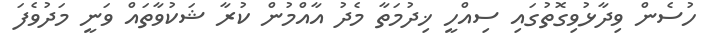
ހުސެން ވިދާޅުވިގޮތުގައި ސިއްހީ ޚިދުމަތާ މެދު އާއްމުން ކުރާ ޝަކުވާތައް ވަނީ މަދުވެފަ